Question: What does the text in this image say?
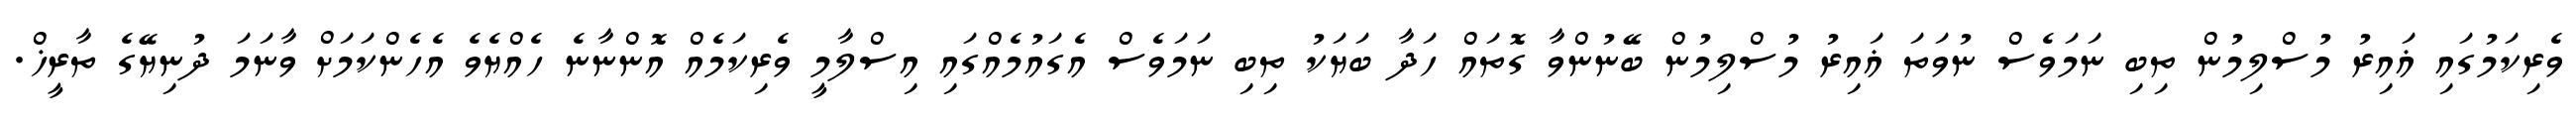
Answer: ވެރިކަމުގައި ޣައިރު މުސްލިމުން ތިބި ނަމަވެސް ނުވަތަ ޣައިރު މުސްލިމުން ބޭނުންވާ ގޮތައް ހަދާ ބަޔަކު ތިބި ނަމަވެސް އެގައުމެއްގައި އިސްލާމީ ވެރިކަމެއް އޮންނާނެ ހެއްޔެވެ އެހެންކަމަށް ވާނަމަ ދުނިޔޭގެ ތާރީޚް.